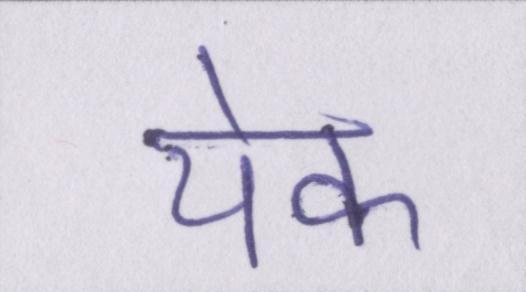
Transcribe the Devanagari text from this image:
येक